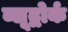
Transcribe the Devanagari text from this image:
ब्लूद्वोर्क